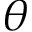
\theta